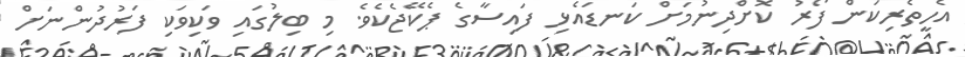
އެހީތެރިކަން ފޯރު ކޮށްދިނުމަށް ކަނޑައެޅި ފައިސާގެ ޕެކޭޖެކެވެ. މި ބިލުގައި ވަކިވަކި ފަރުދުންނަށް